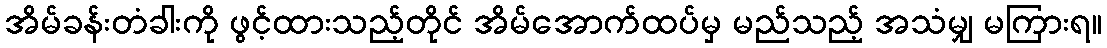
အိမ်ခန်းတံခါးကို ဖွင့်ထားသည့်တိုင် အိမ်အောက်ထပ်မှ မည်သည့် အသံမျှ မကြားရ။